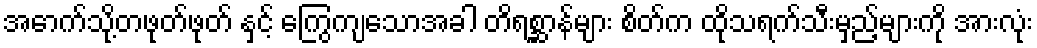
အောက်သို့တဖုတ်ဖုတ် နှင့် ကြွေကျသောအခါ တိရစ္ဆာန်များ စိတ်က ထိုသရက်သီးမှည့်များကို အားလုံး